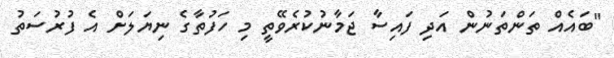
"ބައެއް ތަންތަނުން އަދި ފައިސާ ޖަމާނުކުރެވޭތީ މި ހަފުތާގެ ނިޔަލަށް އެ ފުރުސަތު